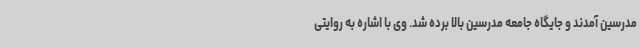
مدرسین آمدند و جایگاه جامعه مدرسین بالا برده شد. وی با اشاره به روایتی